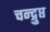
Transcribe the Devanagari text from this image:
चन्द्गुप्त